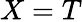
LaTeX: X=T